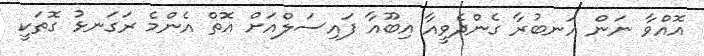
އޮއްވާ ނަން އަނބުރާ ގެންދެވީއާ އިބޫއާ ފައިސަލްއަށް އޮތް އެންމެ ރަގަނޅު ގޮތަކީ